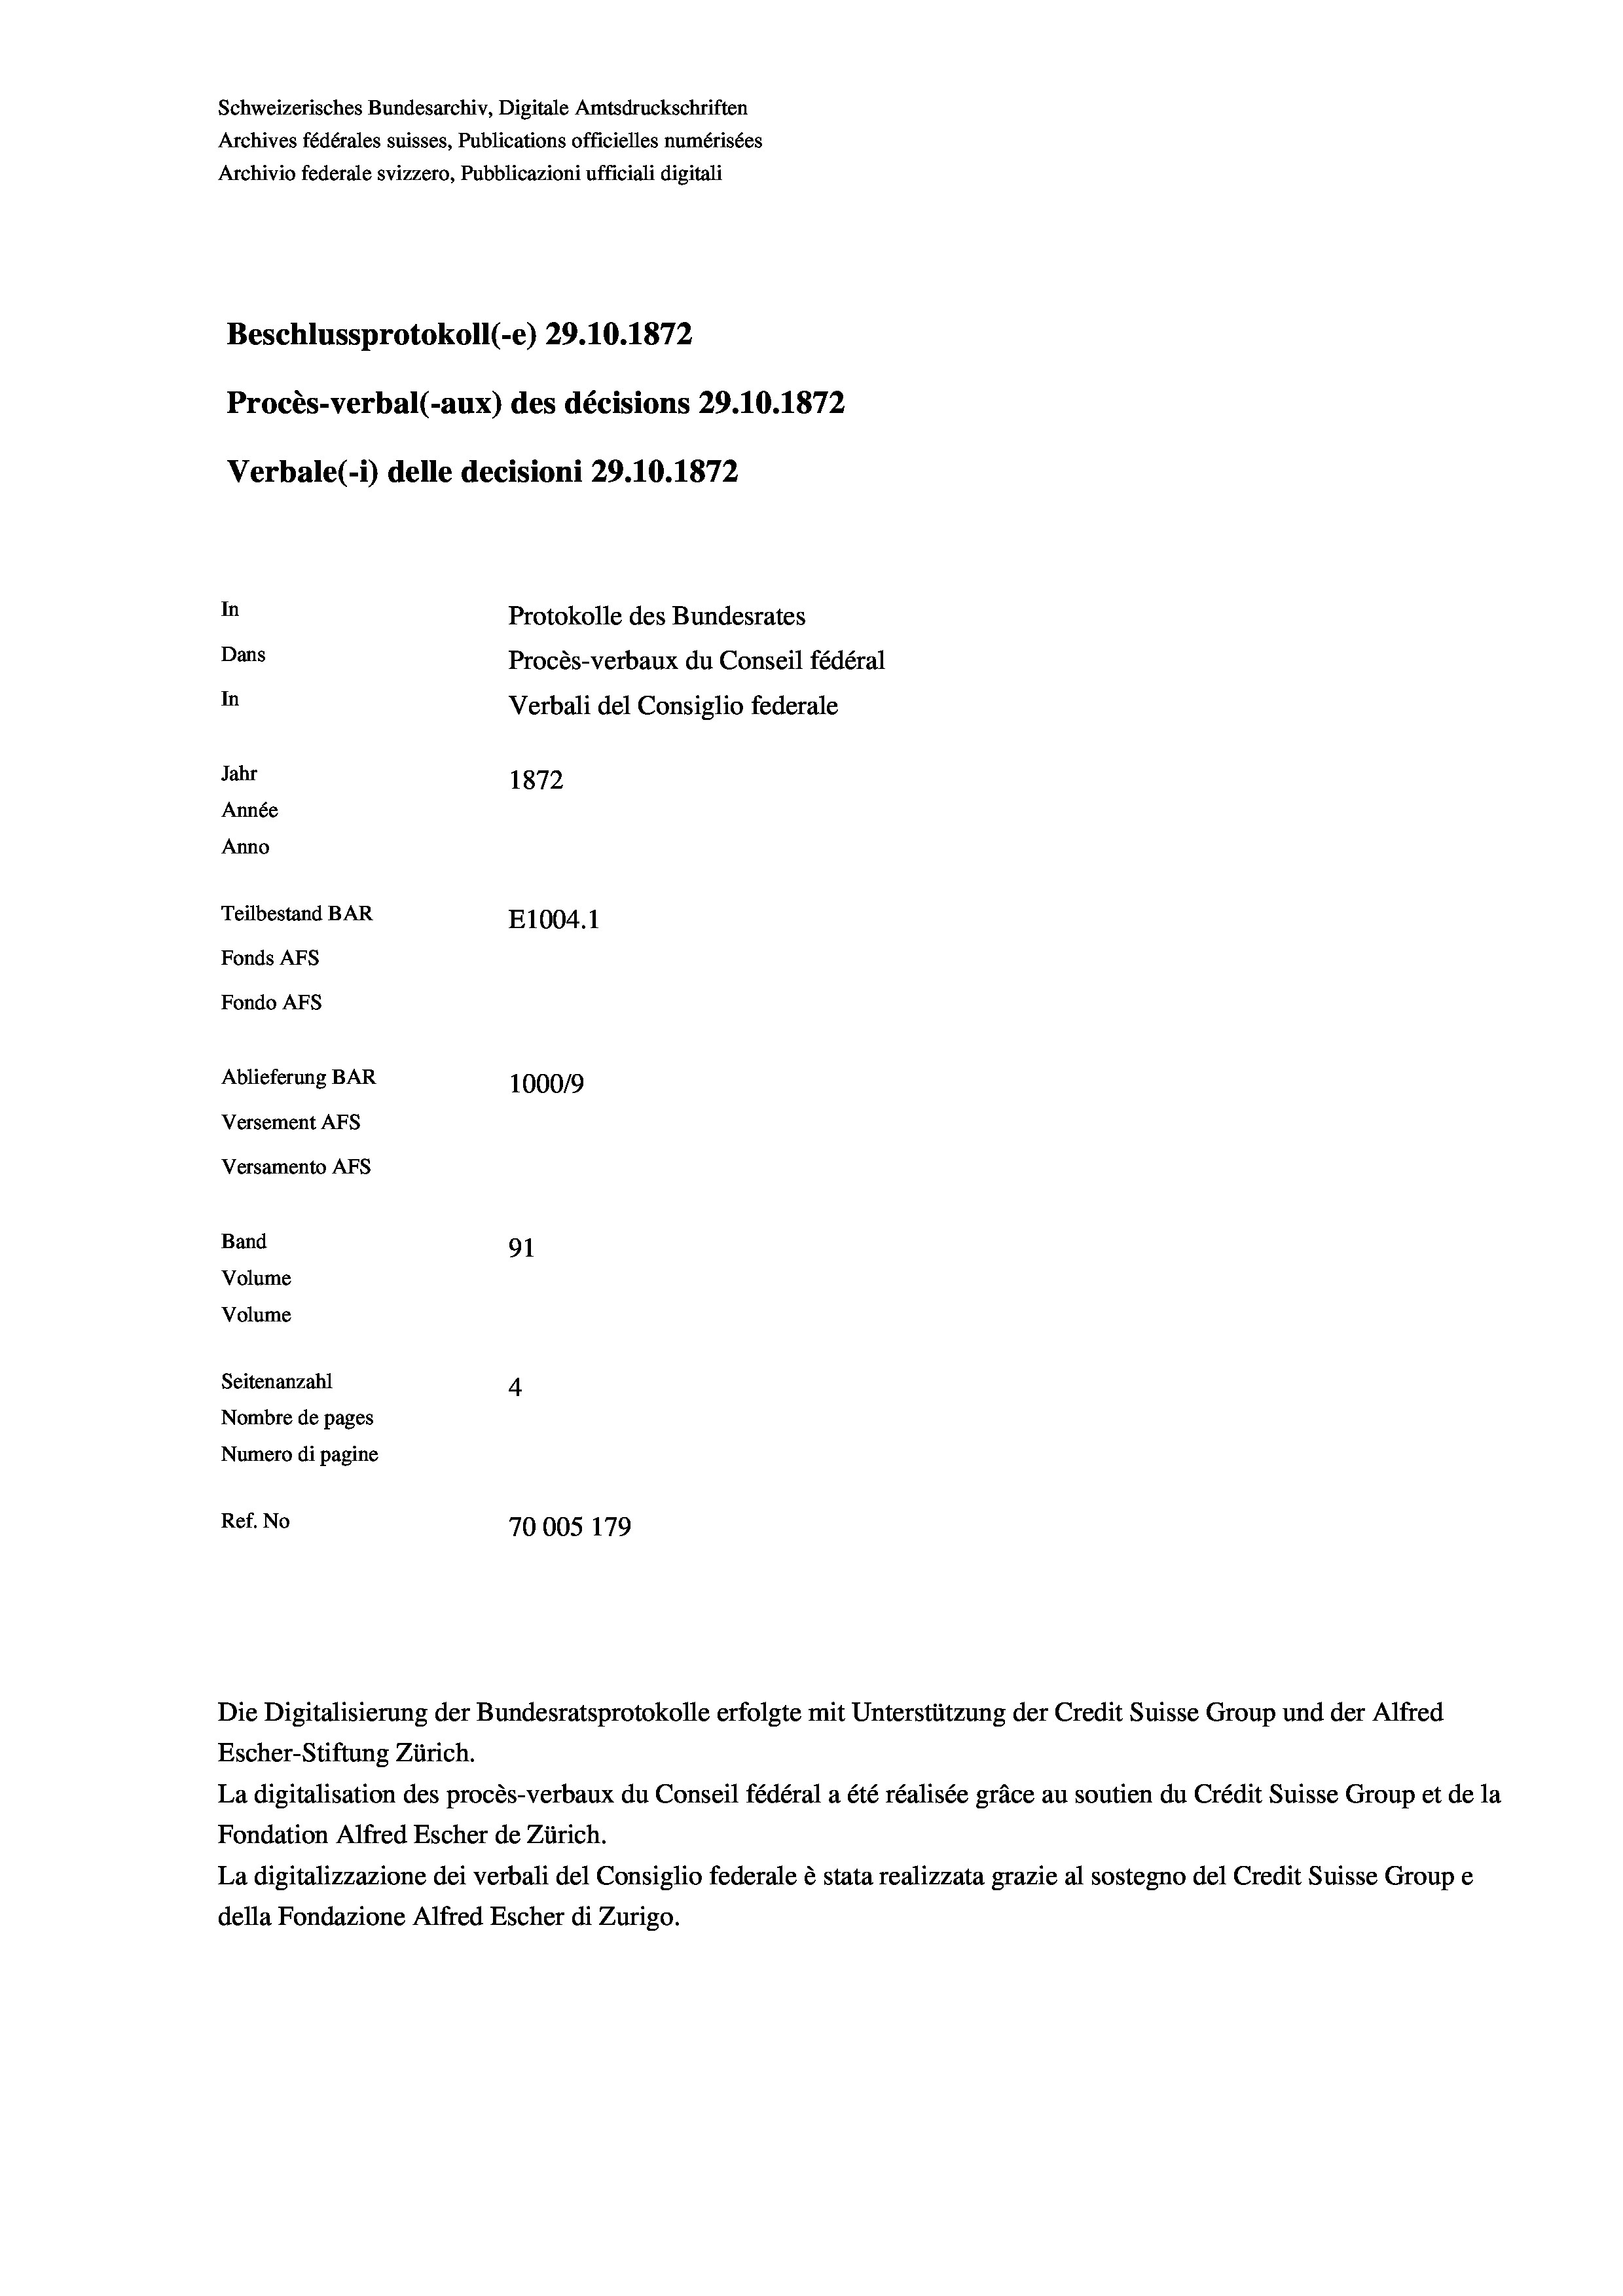
Schweizerisches Bundesarchiv, Digitale Amtsdruckschriften
Archives fédérales suisses, Publications officielles numérisées
Archivio federale svizzero, Pubblicazioni ufficiali digitali
Beschlussprotokoll (-e) 29.10.1872
Procès-verbal (-aux) des décisions 29.10.1872
Verbale (-*) delle decisioni 29.10.1872
In
Protokolle des Bundesrates
Dans
Procès-verbaux du Conseil fédéral
In
Verbali del Consiglio federale
Jahr
1872
Année
Anno
Teilbestand BAR
E1004. 1
Fonds Afs
Fondo AFs
Ablieferung BAR
100019
Versement Abs
Versamento Afs

Band
Volume
Volume

91
Seitenanzahl
4
Nombre de pages
Numero di pagine
Ref. No
70005 179

La digitalisation des procès-verbaux du Conseil fédéral a été réalisée gräce au soutien du Crédit Suisse Group et de la
Fondation Alfred Escher de Zürich.
La digitalizzazione dei verbali del Consiglio federale è stata realizzata grazie al sostegno del Credit Suisse Groupe
della Fondazione Alfred Escher di Zurigo.

Die Digitalisierung der Bundesratsprotokolle erfolgte mit Unterstützung der Credit Suisse Group und der Alfred
Escher-Stiftung Zürich.